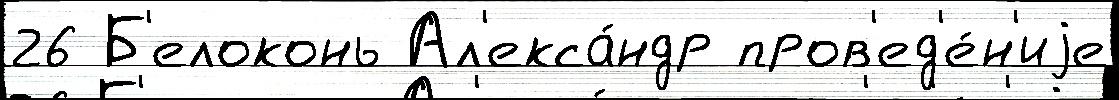
26 Б'елоконь Ал'екса́ндр пров'ед'е́н'иjе